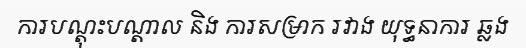
ការបណ្តុះបណ្តាល និង ការសម្រាក រវាង យុទ្ធនាការ ឆ្លង